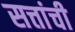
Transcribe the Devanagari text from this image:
सत्तांची